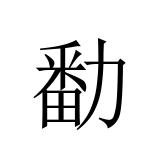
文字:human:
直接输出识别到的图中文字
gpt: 勫